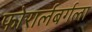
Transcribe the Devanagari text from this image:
फोरार्लबर्गला